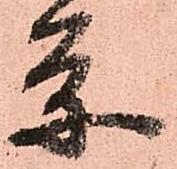
条